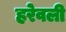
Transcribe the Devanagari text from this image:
हरेवली